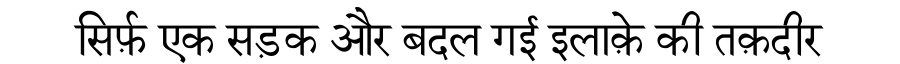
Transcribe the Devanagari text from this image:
सिर्फ़ एक सड़क और बदल गई इलाक़े की तक़दीर